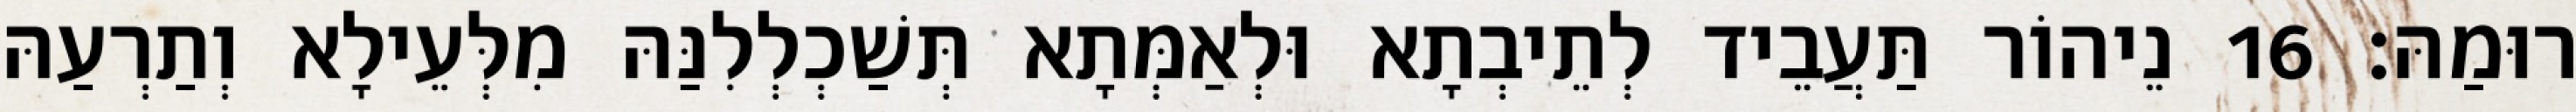
רוּמַהּ׃ 16 נֵיהוֹר תַּעֲבֵיד לְתֵיבְתָא וּלְאַמְּתָא תְּשַׁכְלְלִנַּהּ מִלְּעֵילָא וְתַרְעַהּ